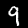
Digit: 9